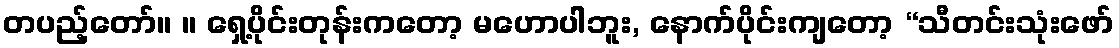
တပည့်တော်။ ။ ရှေ့ပိုင်းတုန်းကတော့ မဟောပါဘူး, နောက်ပိုင်းကျတော့ “သီတင်းသုံးဖော်